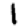
Digit: 1